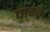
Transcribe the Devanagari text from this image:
घान्चे